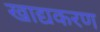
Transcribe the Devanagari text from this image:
खाद्यकरण